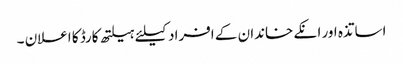
اساتذہ اور انکے خاندان کے افراد کیلئے ہیلتھ کارڈ کا اعلان ۔